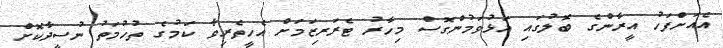
އެއަށްފަހު އީރާންގެ ބޮލުގައި އަޅުވަމުންގޮސް މިހާރު ޓެރަރިޒަމަށް އެހީތެރިވާ ކަމުގެ ތުހުމަތު ނުސީދާކޮށް